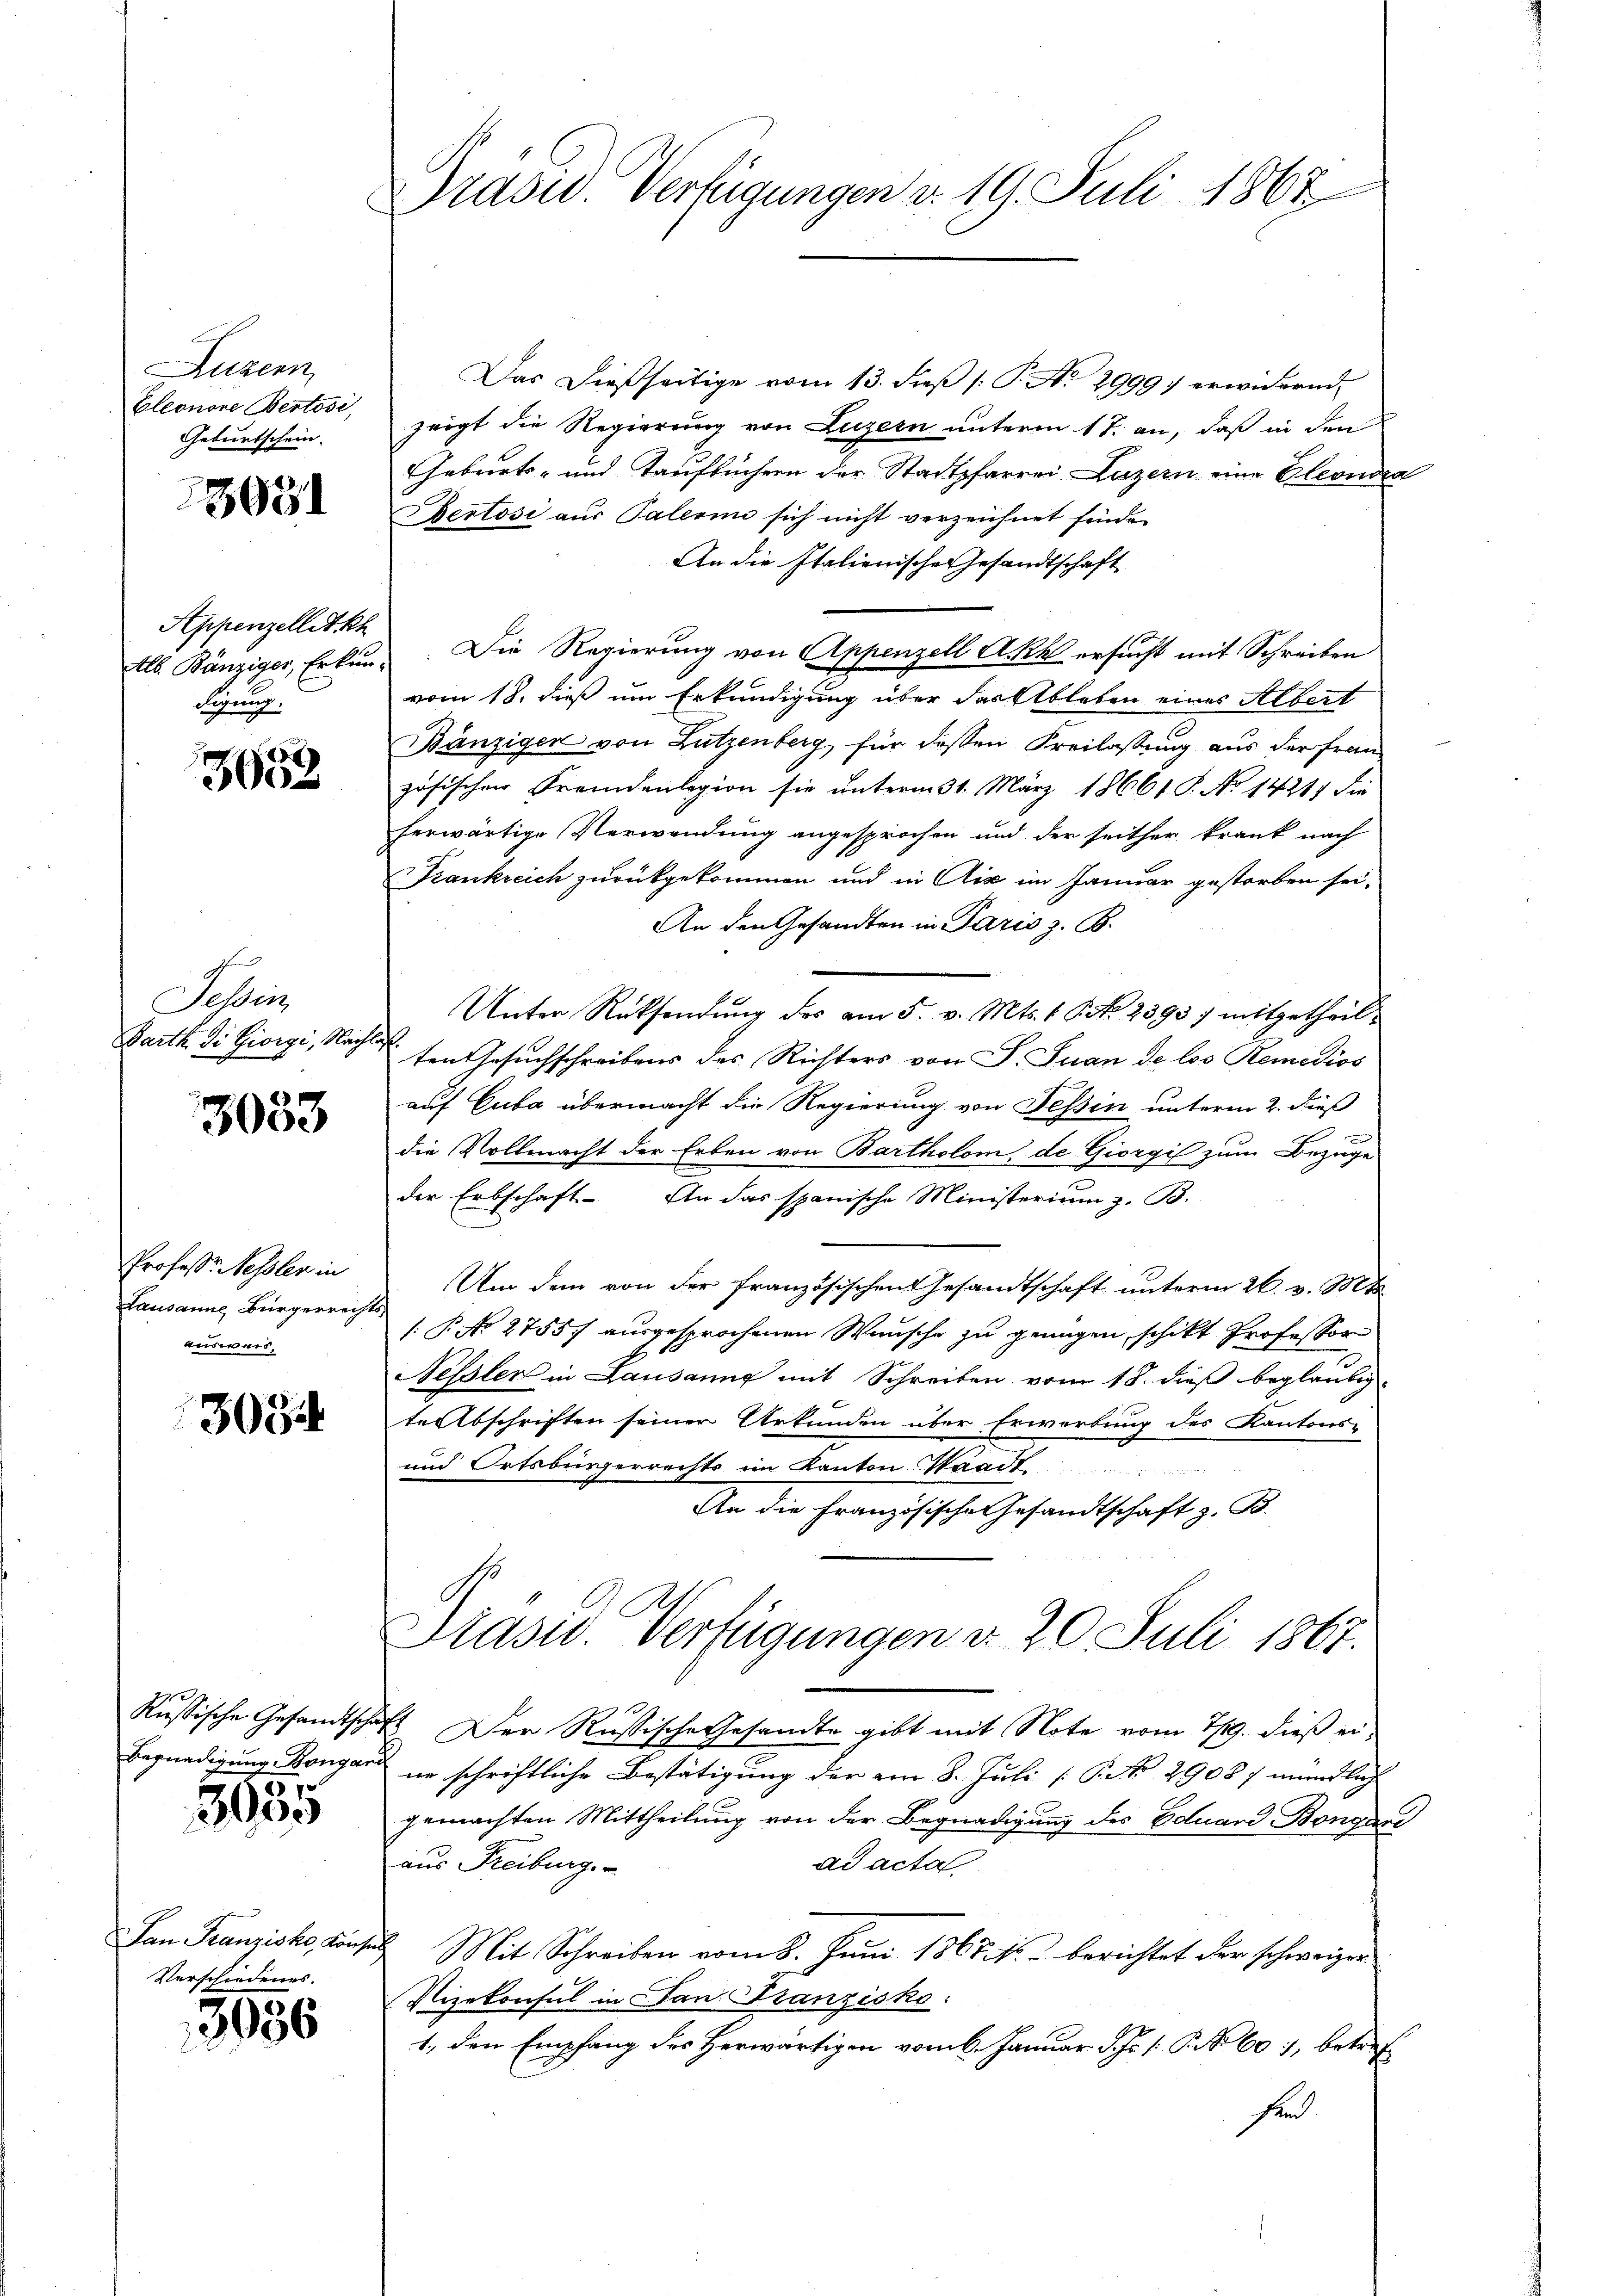
Luzern
Geburtschein.

3691

Appenzellet kh
digung.

3653

Schei
Parth. Si Giorgi, Nachlas

3033

Professor Nessler in
Lausanns Bürgerrechts
ausweis

3034

3035

Verschiedenes.

3056

Drasu. Verfügungen d. 19. Juli 1867

Das dießseitige vom 13. dieß (: P. No. 2999) erwidernd
Eleonore Bestodi, zeigt die Regierung von Luzern unterm 17. an, daß in den
Geburts- und Taufbüchern der Stadtpfarrei Luzern eine Eleonora
Bertosi aus Palerin sich nicht verzeichnet finde.
An die Italienische Gesandtschaft
Alb. Bänziger, Erkung: Die Regierung von Appenzell A. Rh. ersucht mit Schreiben
vom 18. dieß um Erkundigung über dar Ableben eines Albert
Bänzigen von Lutzenberg, für dessen Freilassung aus der Französischen Fremdenlegion sie unterm 31. März 18661. P. No 1421. die
herwärtige Verwendung angesprochen und der seither krank nach
Krankreich zurückgekommen und in Aix im Januar gestorben sei,
An den Gesandten in Paris z. B.
Unter Rücksendŭng des am 5. v. Mts. 1 S. 23957 mitgetheilten Gesuchschreibens des Richters von S. Juan de loo Remedios
auf Cuba übermacht die Regierung von Tessin unterm 2. dieß
die Vollmacht der Erben von Bartholom, de Giorgil zum Bezuge
der Erbschaft. An das spanische Ministerium z. B.
Um dem von der französischen Gesandtschaft unterm 26. v. Mts.
[P. No. 2755) ausgesprochenen Wunsche zu genügen, schikt Professor
essler in Lausanne mit Schreiben vom 18. dieß beglaubig
te Abschriften seiner Urkunden über Erwerbung des Kantons-
und Ortsbürgerrechts im Kanton Waadt
An die Französische Gesandtschaft z. B.
Prasiv. Verfügungen d. 20. Juli 1867.
Russische Gesandtschaft. Der Russische Gesandte gibt mit Note vom 7/19. dieß ei¬
Begnadigung Kongari ne schriftliche Bestätigung der am 8. Juli [ P. No 2908 / mündlich
gemachten Mittheilung von der Begnadigung des Eduard Bongang
aus Freiburg.
ad acta
San Franziska Konses Mit Schreiben vom 8. Juni 1867. s. berichtet der schweizer
Vizekonsul in San Franzisko:
1., den Empfang des Herwärtigen vom 6. Januar d. Js. [ P. Nr. 601, betref
hen.